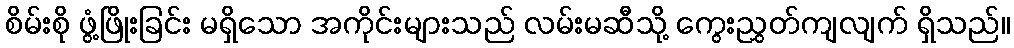
စိမ်းစို ဖွံ့ဖြိုးခြင်း မရှိသော အကိုင်းများသည် လမ်းမဆီသို့ ကွေးညွှတ်ကျလျက် ရှိသည်။